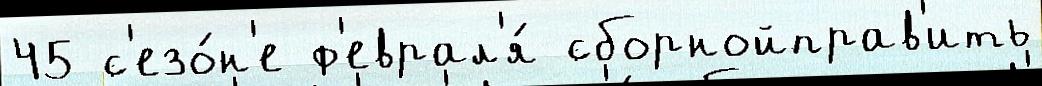
45 с'езо́н'е ф'еврал'я́ сборнойправ'ить